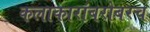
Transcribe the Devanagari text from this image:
कलाकारांबरोबरच